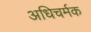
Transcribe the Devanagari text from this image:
अधिचर्मक